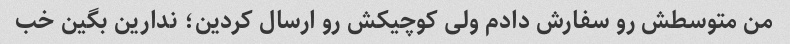
من متوسطش رو سفارش دادم ولی کوچیکش رو ارسال کردین؛ ندارین بگین خب